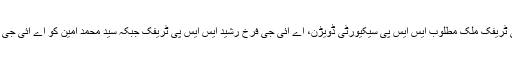
نوٹیفکیشن کے مطابق ایس ایس پی ٹریفک ملک مطلوب ایس ایس پی سیکیورٹی ڈویڑن، اے آئی جی فرخ رشید ایس ایس پی ٹریفک جبکہ سید محمد امین کو اے آئی جی جنرل کا اضافی چارج دے دیا گیا۔